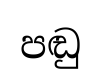
පඬු